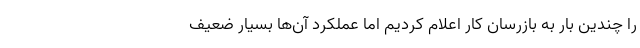
را چندین بار به بازرسان کار اعلام کردیم اما عملکرد آن‌ها بسیار ضعیف